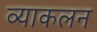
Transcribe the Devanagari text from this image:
व्याकलन